Report on horse surra - Volume I
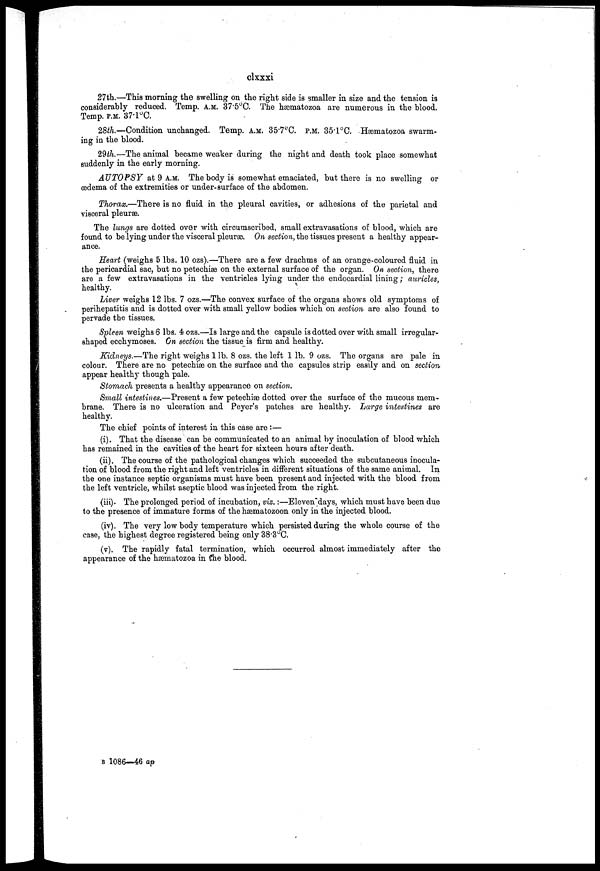
clxxxi
27th.—This morning the swelling on the right side is smaller in size and the tension is
considerably reduced. Temp. A.M. 37.5°C. The hæmatozoa are numerous in the blood.
Temp. P.M. 37.l°C.
28th.—Condition unchanged. Temp. A.M. 35.7°C. P.M. 35.1°C. Hæmatozoa swarm-
ing in the blood.
29th.—The animal became weaker during the night and death took place somewhat
suddenly in the early morning.
AUTOPSY at 9 A.M. The body is somewhat emaciated, but there is no swelling or
oedema of the extremities or under-surface of the abdomen.
Thorax.—There is no fluid in the pleural cavities, or adhesions of the parietal and
visceral pleuræ.
The lungs are dotted over with circumscribed, small extravasations of blood, which are
found to be lying under the visceral pleurae. On section, the tissues present a healthy appear-
ance.
Heart (weighs 5 lbs. 10 ozs).—There are a few drachms of an orange-coloured fluid in
the pericardial sac, but no petechiæ on the external surface of the organ. On section, there
are a few extravasations in the ventricles lying under the endocardial lining ; auricles,
healthy.
Liver weighs 12 lbs. 7 ozs.—The convex surface of the organs shows old symptoms of
perihepatitis and is dotted over with small yellow bodies which on section are also found to
pervade the tissues.
Spleen weighs 6 lbs. 4 ozs.—Is large and the capsule is dotted over with small irregular-
shaped ecchymoses. On section the tissue is firm and healthy.
Kidneys.—The right weighs 1 lb. 8 ozs. the left 1 lb. 9 ozs. The organs are pale in
colour. There are no petechias on the surface and the capsules strip easily and on section
appear healthy though pale.
Stomach presents a healthy appearance on section.
Small intestines.—Present a few petechiæ dotted over the surface of the mucous mem-
brane. There is no ulceration and Peyer's patches are healthy. Large intestines are
healthy.
The chief points of interest in this case are :—
(i). That the disease can be commuuicated to an animal by inoculation of blood which
has remained in the cavities of the heart for sixteen hours after death.
(ii). The course of the pathological changes which succeeded the subcutaneous inocula¬
tion of blood from the right and left ventricles in different situations of the same animal. In
the one instance septic organisms must have been present and injected with the blood from
the left ventricle, whilst aseptic blood was injected from the right.
(iii). The prolonged period of incubation, viz.:—Eleven"days, which must have been due
to the presence of immature forms of the hæmatozoon only in the injected blood.
(iv). The very low body temperature which persisted during the whole course of the
case, the highest degree registered being only 38.3°C.
(v). The rapidly fatal termination, which occurred almost immediately after the
appearance of the hæmatozoa in the blood.
B 1086—46 ap